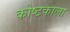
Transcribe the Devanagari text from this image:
कोष्टकाला